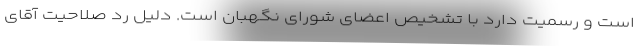
است و رسمیت دارد با تشخیص اعضای شورای نگهبان است. دلیل رد صلاحیت آقای